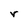
Character: r